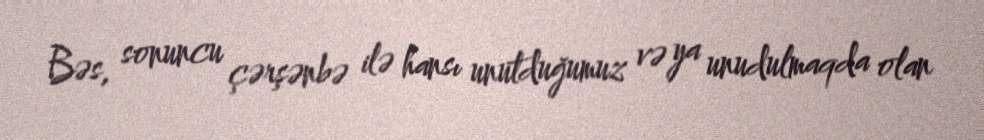
Bəs, sonuncu çərşənbə ilə hansı unutduğumuz və ya unudulmaqda olan